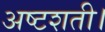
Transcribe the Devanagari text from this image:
अष्टशती।